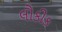
લૌકીક